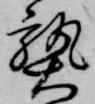
熟